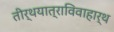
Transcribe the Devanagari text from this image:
तीर्थयात्राविवाहार्थ